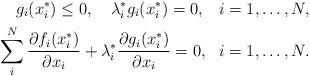
LaTeX: \begin{align*}g_{i}(x_{i}^{*})\leq0,\,\,\,\,\,\,\lambda_{i}^{*}g_{i}(x_{i}^{*})=0,\,\,\,\,\,i=1,\ldots,N,\\\sum_{i}^{N}\frac{\partial f_{i}(x_{i}^{*})}{\partial x_{i}}+\lambda_{i}^{*}\frac{\partial g_{i}(x_{i}^{*})}{\partial x_{i}}=0,\,\,\,\,i=1,\ldots,N.\end{align*}